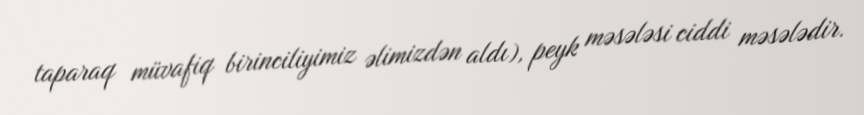
taparaq müvafiq birinciliyimiz əlimizdən aldı), peyk məsələsi ciddi məsələdir.